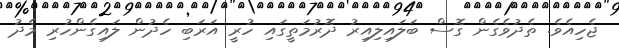
ޖެހިއެވެ. ތެދުވެގެން ގޮސް ބަލައިލިއިރު ދޮރުމަތީގައި ހުރީީ އަރަބި ހެދުން ލައިގެންހުރި މެދު